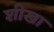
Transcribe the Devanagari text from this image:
शीखा